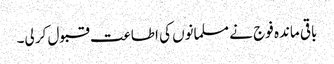
باقی ماندہ فوج نے مسلمانوں کی اطاعت قبول کر لی۔